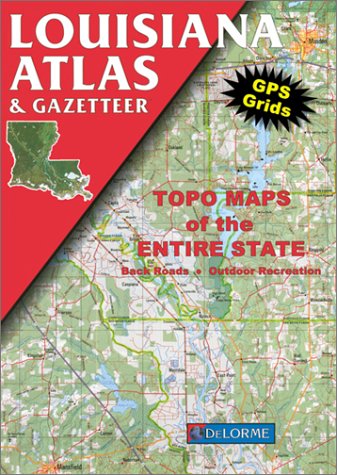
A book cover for Louisiana Atlas and Gazetteer; David1 Delorme; Travel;